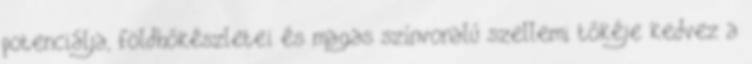
potenciálja, földhőkészletei és magas színvonalú szellemi tőkéje kedvez a